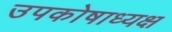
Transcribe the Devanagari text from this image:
उपकोषाध्यक्ष